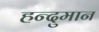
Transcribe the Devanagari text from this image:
हन्दुमान